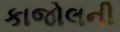
કાજોલની